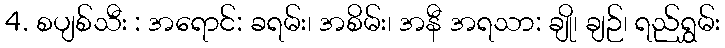
4. စပျစ်သီး : အရောင်: ခရမ်း၊ အစိမ်း၊ အနီ အရသာ: ချို၊ ချဉ်၊ ရည်ရွှမ်း